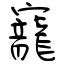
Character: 寵